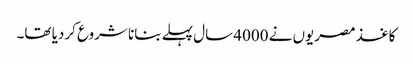
کاغذ مصریوں نے 4000 سال پہلے بنانا شروع کردیا تھا۔